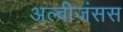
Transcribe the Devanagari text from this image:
अल्बीजंसस